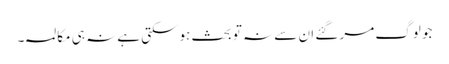
جو لوگ مر گئے ان سے نہ تو بحث ہوسکتی ہے نہ ہی مکالمہ۔